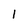
Character: 1